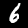
Digit: 6